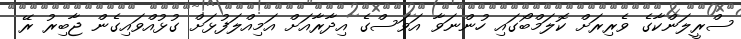
ސްރީލަންކާގެ ވެރިރަށް ކޮލަމްބޯގައި ހުންނަވާ އަވަސްގެ އިދާރާއަށް އަމިއްލަފުޅަށް ގުޅުއްވައިގެން ޖާބިރު ރޭ